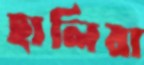
হালিয়া